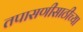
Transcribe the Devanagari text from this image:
तपासणीसाठीच्या